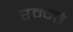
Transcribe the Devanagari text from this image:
रम्न्ते